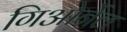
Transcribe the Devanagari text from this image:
गिओर्नेल